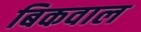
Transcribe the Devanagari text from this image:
बिकवाल